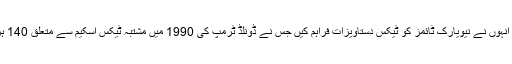
کتاب میں میری ٹرمپ نے بتایا کہ کس طرح انہوں نے نیویارک ٹائمز کو ٹیکس دستاویزات فراہم کیں جس نے ڈونلڈ ٹرمپ کی 1990 میں مشتبہ ٹیکس اسکیم سے متعلق 140 ہزار الفاظ پر مشتمل تحقیقاتی مضمون شائع کیا۔